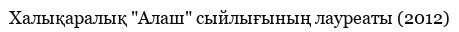
Халықаралық "Алаш" сыйлығының лауреаты (2012)